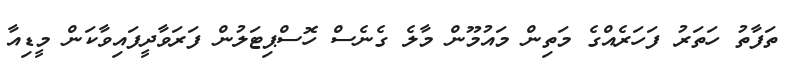
ތަފާތު ހަތަރު ފަހަރެއްގެ މަތިން މައުމޫން މާލެ ގެނެސް ހޮސްޕިޓަލުން ފަރަވާދީފައިވާކަން މީޑިއާ